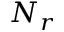
N _ { r }